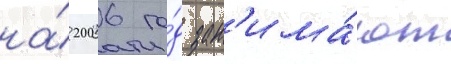
на́ 2006 го́д зан'има́ют